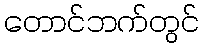
တောင်ဘက်တွင်